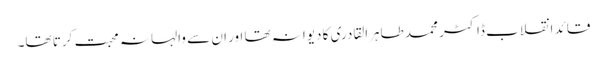
قائد انقلاب ڈاکٹر محمد طاہرالقادری کا دیوانہ تھا اور ان سے والہانہ محبت کرتا تھا۔